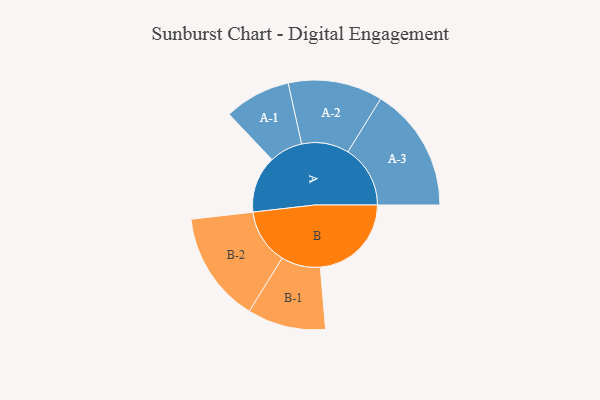
{"axis": {"x": "Segment", "y": "Value"}, "legend": ["", "A", "B"], "data": [{"x": "A", "y": 267, "type": ""}, {"x": "B", "y": 428, "type": ""}, {"x": "A-1", "y": 156, "type": "A"}, {"x": "A-2", "y": 222, "type": "A"}, {"x": "A-3", "y": 293, "type": "A"}, {"x": "B-1", "y": 184, "type": "B"}, {"x": "B-2", "y": 260, "type": "B"}]}